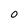
Character: 0